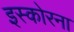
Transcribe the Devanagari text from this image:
इस्कोरना